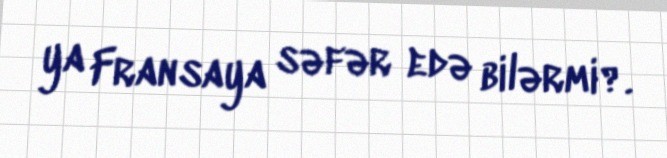
ya Fransaya səfər edə bilərmi?.